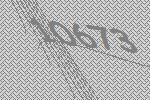
10673